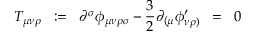
T _ { \mu \nu \rho } \; \; : = \; \; \partial ^ { \sigma } \phi _ { \mu \nu \rho \sigma } - \frac { 3 } { 2 } \partial _ { ( \mu } \phi _ { \nu \rho ) } ^ { \prime } \; \; = \; \; 0